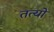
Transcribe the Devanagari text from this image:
तत्यो